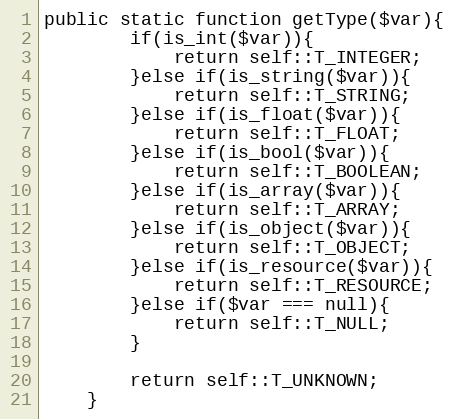
Language: PHP
public static function getType($var){
        if(is_int($var)){
            return self::T_INTEGER;
        }else if(is_string($var)){
            return self::T_STRING;
        }else if(is_float($var)){
            return self::T_FLOAT;
        }else if(is_bool($var)){
            return self::T_BOOLEAN;
        }else if(is_array($var)){
            return self::T_ARRAY;
        }else if(is_object($var)){
            return self::T_OBJECT;
        }else if(is_resource($var)){
            return self::T_RESOURCE;
        }else if($var === null){
            return self::T_NULL;
        }

        return self::T_UNKNOWN;
    }